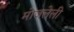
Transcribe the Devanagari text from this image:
मोजलेली